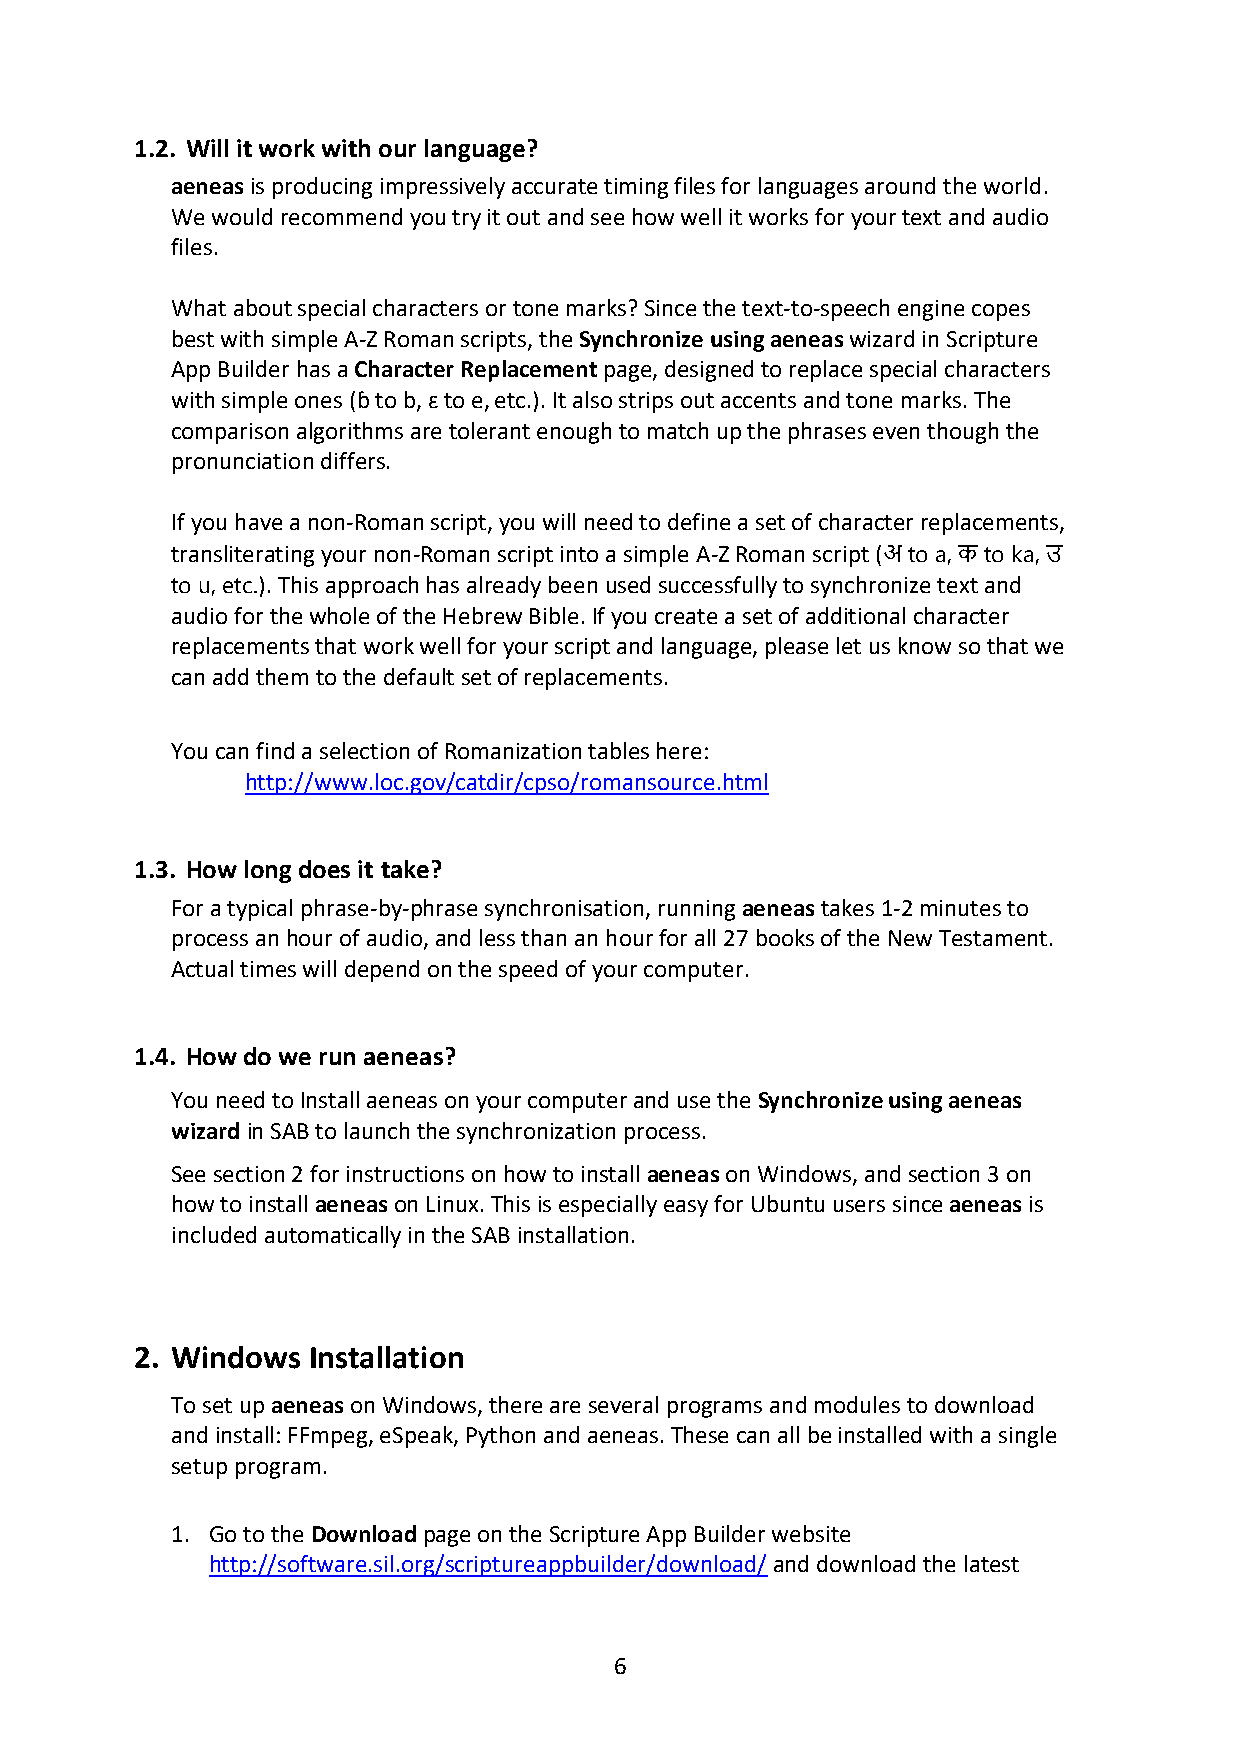
1.2. Will it work with our language?
 aeneas is producing impressively accurate timing files for languages around the world.
 We would recommend you try it out and see how well it works for your text and audio
 files.
 What about special characters or tone marks? Since the text-to-speech engine copes
 best with simple A-Z Roman scripts, the Synchronize using aeneas wizard in Scripture
 App Builder has a Character Replacement page, designed to replace special characters
 with simple ones (ɓ to b, ɛ to e, etc.). It also strips out accents and tone marks. The
 comparison algorithms are tolerant enough to match up the phrases even though the
 pronunciation differs.
 If you have a non-Roman script, you will need to define a set of character replacements,
 transliterating your non-Roman script into a simple A-Z Roman script (अ to a, क to ka, उ
 to u, etc.). This approach has already been used successfully to synchronize text and
 audio for the whole of the Hebrew Bible. If you create a set of additional character
 replacements that work well for your script and language, please let us know so that we
 can add them to the default set of replacements.
 You can find a selection of Romanization tables here:
 http://www.loc.gov/catdir/cpso/romansource.html
 1.3. How long does it take?
 For a typical phrase-by-phrase synchronisation, running aeneas takes 1-2 minutes to
 process an hour of audio, and less than an hour for all 27 books of the New Testament.
 Actual times will depend on the speed of your computer.
 1.4. How do we run aeneas?
 You need to Install aeneas on your computer and use the Synchronize using aeneas
 wizard in SAB to launch the synchronization process.
 See section 2 for instructions on how to install aeneas on Windows, and section 3 on
 how to install aeneas on Linux. This is especially easy for Ubuntu users since aeneas is
 included automatically in the SAB installation.
 2. Windows Installation
 To set up aeneas on Windows, there are several programs and modules to download
 and install: FFmpeg, eSpeak, Python and aeneas. These can all be installed with a single
 setup program.
 1. Go to the Download page on the Scripture App Builder website
 http://software.sil.org/scriptureappbuilder/download/ and download the latest
 6